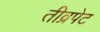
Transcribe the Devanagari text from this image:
तीव्रपेट